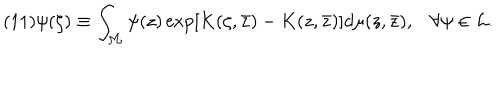
( 1 1 ) \psi ( \zeta ) \equiv \int _ { \cal M } \psi ( z ) \exp \left[ K ( \zeta , \bar { z } ) - K ( z , \bar { z } ) \right] d \mu ( z , \bar { z } ) , \forall \psi \in { \cal L } .